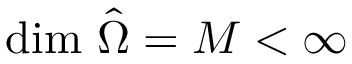
\mathrm { d i m } \ \hat { \Omega } = M < \infty